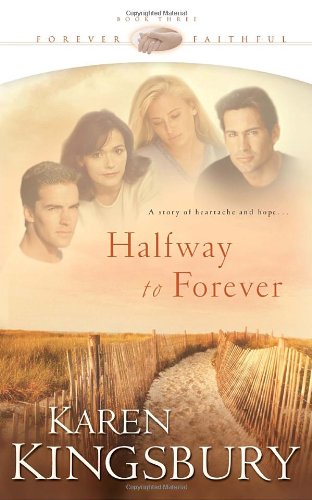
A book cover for Halfway to Forever (Forever Faithful, Book 3); Karen Kingsbury; Romance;